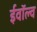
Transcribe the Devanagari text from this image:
ईवॉल्व